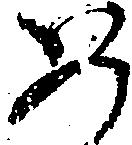
如